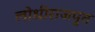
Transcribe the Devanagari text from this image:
लोधीराजपुत